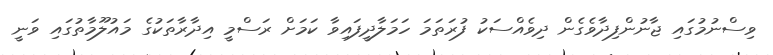
ވިސްނުމުގައި ޖާނުންފިދާވެގެން ދިވެއްސަކު ފުރަތަމަ ހަމަލާދީފައިވާ ކަމަށް ރަސްމީ އިދާރާތަކުގެ މައުލޫމާތުގައި ވަނީ